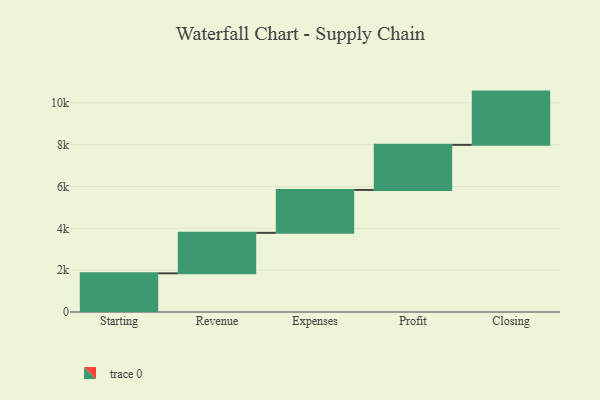
{"axis": {"x": "Step", "y": "Value"}, "legend": [""], "data": [{"x": "Starting", "y": 1849.0, "type": ""}, {"x": "Revenue", "y": 1936.0, "type": ""}, {"x": "Expenses", "y": 2052.0, "type": ""}, {"x": "Profit", "y": 2156.0, "type": ""}, {"x": "Closing", "y": 2547.0, "type": ""}]}